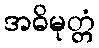
အဓိမုတ္တံ